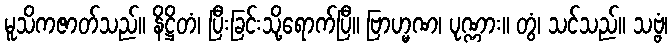
မူသိကဇာတ်သည်။ နိဋ္ဌိတံ၊ ပြီးခြင်းသို့ရောက်ပြီ။ ဗြာဟ္မဏ၊ ပုဏ္ဏား။ တွံ၊ သင်သည်။ သဗ္ဗံ၊